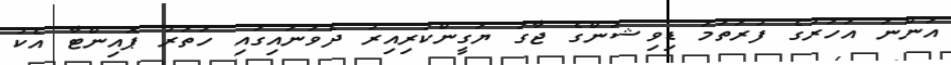
އަންނަ އަހަރުގެ ފުރަތަމަ ޑިވިޝަންގެ ޖާގަ ޔަގީންކުރިއިރު ދެވަނައިގައި ހަތަރު ޕޮއިންޓާ އެކު